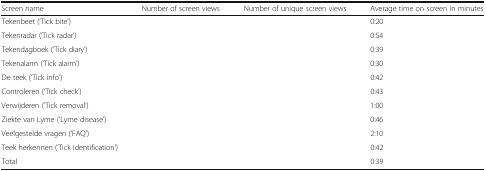
<table><thead><tr><td><b>Screen name</b></td><td><b>Number of screen views</b></td><td><b>Number of unique screen views</b></td><td><b>Average time on screen in minutes</b></td></tr></thead><tbody><tr><td>Tekenbeet (‘Tick bite’)</td><td>[EMPTY_CELL]</td><td>[EMPTY_CELL]</td><td>0:20</td></tr><tr><td>Tekenradar (‘Tick radar’)</td><td>[EMPTY_CELL]</td><td>[EMPTY_CELL]</td><td>0:54</td></tr><tr><td>Tekendagboek (‘Tick diary’)</td><td>[EMPTY_CELL]</td><td>[EMPTY_CELL]</td><td>0:39</td></tr><tr><td>Tekenalarm (‘Tick alarm’)</td><td>[EMPTY_CELL]</td><td>[EMPTY_CELL]</td><td>0:30</td></tr><tr><td>De teek (‘Tick info’)</td><td>[EMPTY_CELL]</td><td>[EMPTY_CELL]</td><td>0:42</td></tr><tr><td>Controleren (‘Tick check’)</td><td>[EMPTY_CELL]</td><td>[EMPTY_CELL]</td><td>0:43</td></tr><tr><td>Verwijderen (‘Tick removal’)</td><td>[EMPTY_CELL]</td><td>[EMPTY_CELL]</td><td>1:00</td></tr><tr><td>Ziekte van Lyme (‘Lyme disease’)</td><td>[EMPTY_CELL]</td><td>[EMPTY_CELL]</td><td>0:46</td></tr><tr><td>Veelgestelde vragen (‘FAQ’)</td><td>[EMPTY_CELL]</td><td>[EMPTY_CELL]</td><td>2:10</td></tr><tr><td>Teek herkennen (‘Tick identification’)</td><td>[EMPTY_CELL]</td><td>[EMPTY_CELL]</td><td>0:42</td></tr><tr><td>Total</td><td>[EMPTY_CELL]</td><td>[EMPTY_CELL]</td><td>0:39</td></tr></tbody></table>